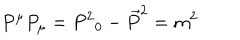
LaTeX: P ^ { \mu } P _ { \mu } = { P ^ { 2 } } _ { 0 } - { \overrightarrow { P } } ^ { 2 } = m ^ { 2 }